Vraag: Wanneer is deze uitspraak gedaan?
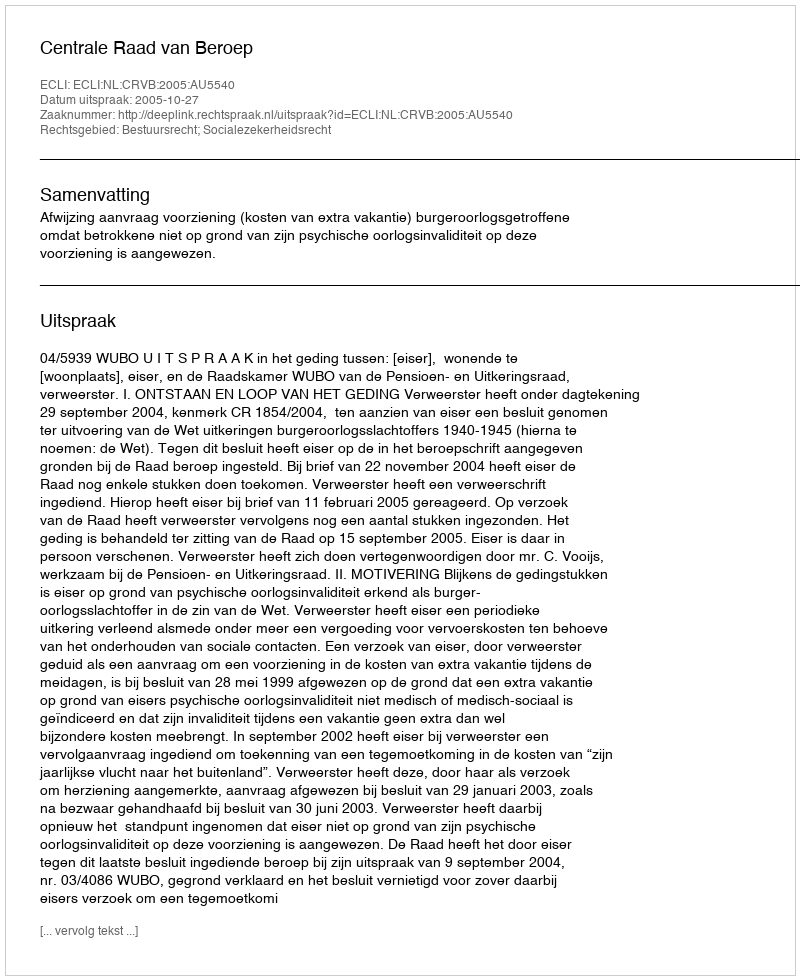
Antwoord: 2005-10-27